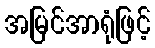
အမြင်အာရုံဖြင့်